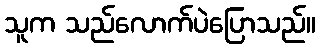
သူက သည်လောက်ပဲပြောသည်။